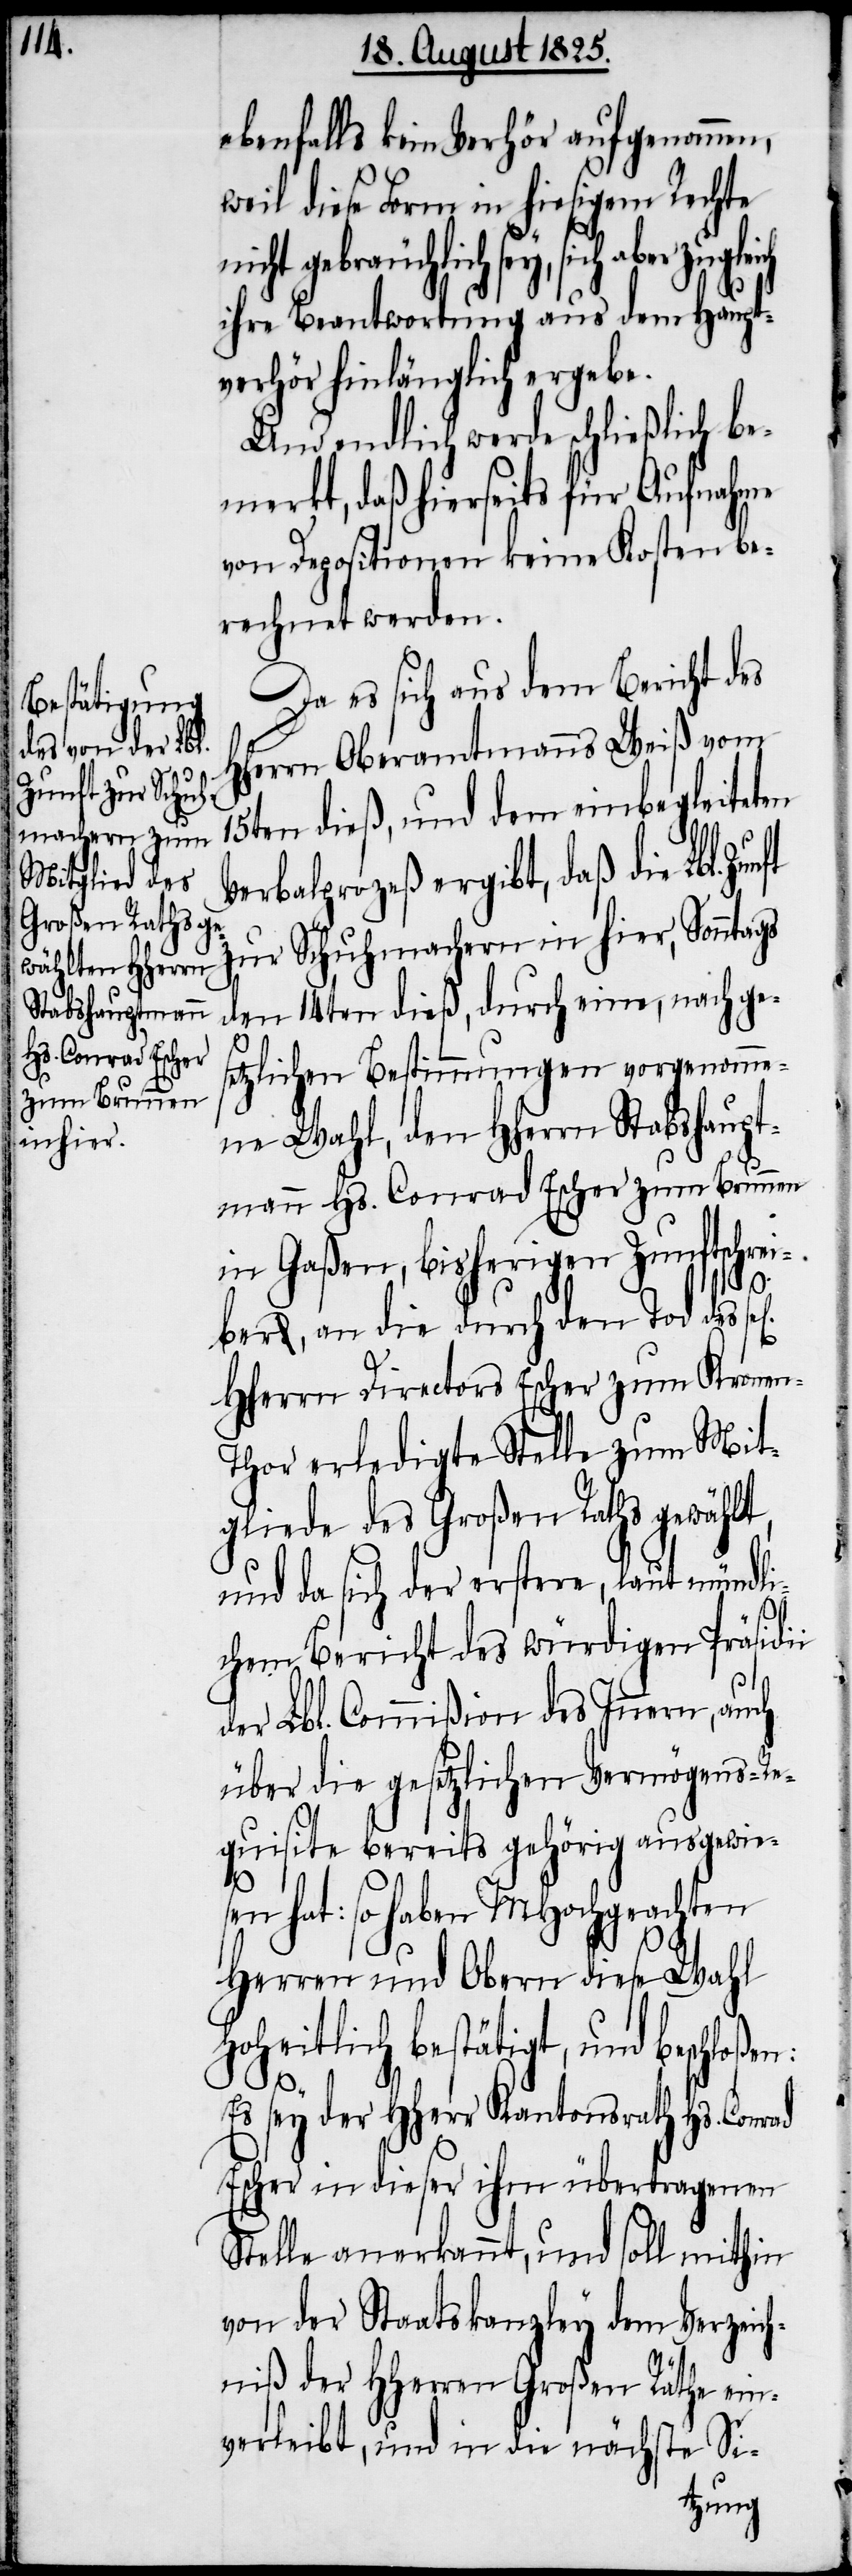
ebenfalls kein Verhör aufgenommen,
weil diese Form in hiesigem Rechte
icht gebräuchlich sey, sich aber
ihre Beantwortung aus dem Haupt¬
verhör hinlänglich ergebe.
Und endlich werde schließlich be¬
merkt, daß hierseits für Aufnahme
von Depositionen keine Kosten be¬
rechnet werden.
Da es sich aus dem Bericht des
Herrn Oberamtmanns Weiß vom
15ten dieß, und dem einbegleiteten
Verbalprozeß ergibt, daß die Lbl.
zur Schuhmachern in hier, Sonntags
den 14ten dieß, durch eine, nach ge¬
setzlichen Bestimmungen vorgenomme¬
ne Wahl, den HHerrn Stabshaupt¬
mann Hs. Conrad Escher zum Brunnen
in Gaßen, bisherigen Zunftschrei¬
en:
ber, an die durch den Tod des
HHerrn Directors Escher zum Kronen-T¬
hor erledigte Stelle zum Mit¬
gliede des Großen Raths gewählt,
und da sich der erstere, laut mündli¬
chem Bericht des würdigen Präsidii
der Lbl. Commißion des Innern, auch
über die gesetzlichen Vermögens-Re¬
quisite bereits gehörig ausgewie¬
H¬
sen hat: so haben MHochgeachten
Herren und Obern diese Wahl
hoheitlich bestätigt, und beschloß¬
Es sey der HHerr Kantonsrath Hs. Conrad
Escher in dieser ihm übertragenen
Stelle anerkannt, und soll mithin
von der Staatskanzley dem Verzeich¬
niß der HHerren Großen Räthe ein¬
verleibt, und in die nächste Si-